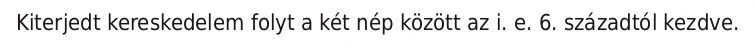
Kiterjedt kereskedelem folyt a két nép között az i. e. 6. századtól kezdve.